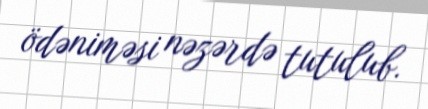
ödəniməsi nəzərdə tutulub.